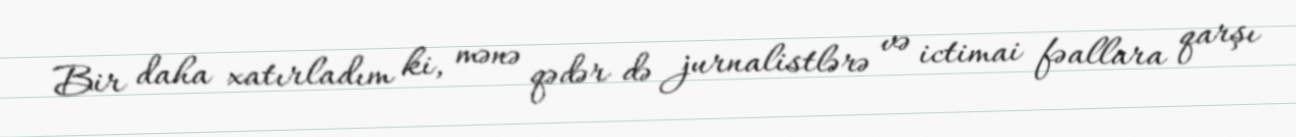
Bir daha xatırladım ki, mənə qədər də jurnalistlərə və ictimai fəallara qarşı